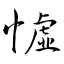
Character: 憈